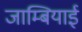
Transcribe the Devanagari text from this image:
जाम्बियाई